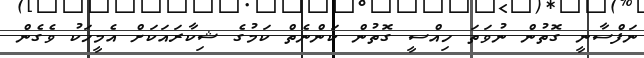
ނަފްސާނީ ގޮތުން ނުވަތަ ހިއްސީ ގޮތުން ކަންނެތް ކަމުގެ ޝިކާރައަކަށް އެމީހަކު ވެގެން